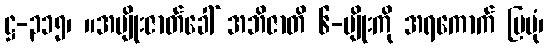
ဋ္ဌ-၃၁၅၊ ။အမျိုးဇာတ်ခေါ် အဘိဇာတိ ၆-မျိုးကို အရကောက် ပြပုံ၊